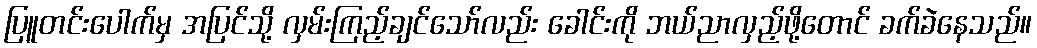
ပြူတင်းပေါက်မှ အပြင်သို့ လှမ်းကြည့်ချင်သော်လည်း ခေါင်းကို ဘယ်ညာလှည့်ဖို့တောင် ခက်ခဲနေသည်။